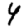
Digit: 4